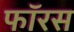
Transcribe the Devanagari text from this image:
फॉरस